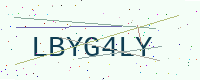
Text: LBYG4LY